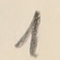
1